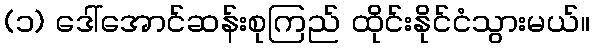
(၁) ဒေါ်အောင်ဆန်းစုကြည် ထိုင်းနိုင်ငံသွားမယ်။